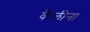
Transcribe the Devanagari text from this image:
कैलीना